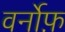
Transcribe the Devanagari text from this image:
वर्नोफ़